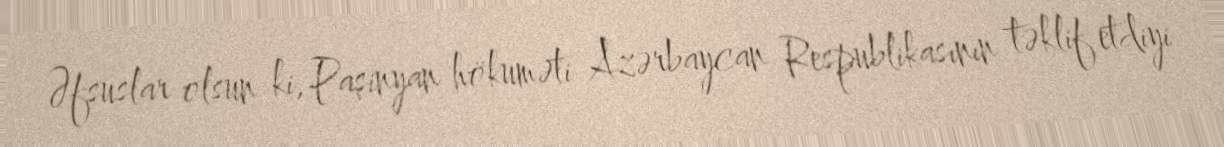
Əfsuslar olsun ki, Paşinyan hökuməti Azərbaycan Respublikasının təklif etdiyi